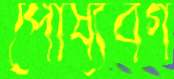
পোষ্যবর্গ